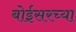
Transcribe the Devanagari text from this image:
बोईसरच्या